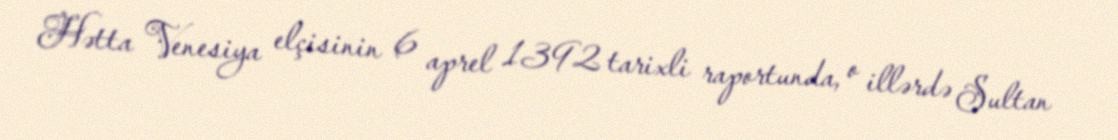
Hətta Venesiya elçisinin 6 aprel 1392 tarixli raportunda, o illərdə Sultan